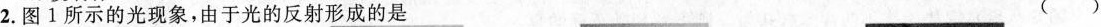
2.图1所示的光现象，由于光的反射形成的是 ()